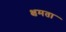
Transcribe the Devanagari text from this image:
क्षमता